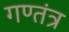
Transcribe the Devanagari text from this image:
गण्तंत्र